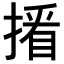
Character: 𢲏